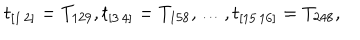
LaTeX: t _ { [ 1 \, 2 ] } = T _ { 1 2 9 } , t _ { [ 3 \, 4 ] } = T _ { 1 5 8 } , \ldots , t _ { [ 1 5 \, 1 6 ] } = T _ { 2 4 8 } ,